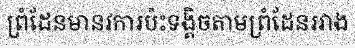
ព្រំដែនមានវការប៉ះទង្គិចតាមព្រំដែនរវាង